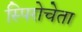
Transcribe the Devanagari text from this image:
स्पिरोचेता